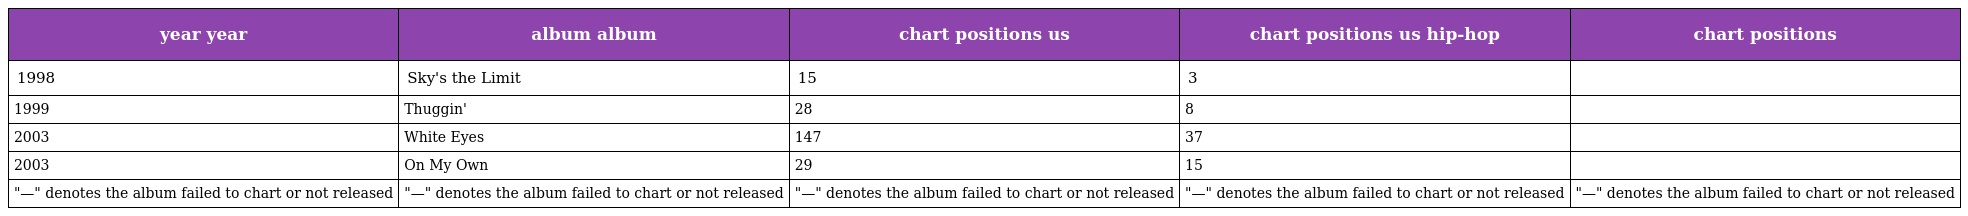
| year year | album album | chart positions us | chart positions us hip-hop | chart positions |
 | --- | --- | --- | --- | --- |
 | 1998 | Sky's the Limit | 15 | 3 |  |
 | 1999 | Thuggin' | 28 | 8 |  |
 | 2003 | White Eyes | 147 | 37 |  |
 | 2003 | On My Own | 29 | 15 |  |
 | "—" denotes the album failed to chart or not released | "—" denotes the album failed to chart or not released | "—" denotes the album failed to chart or not released | "—" denotes the album failed to chart or not released | "—" denotes the album failed to chart or not released |